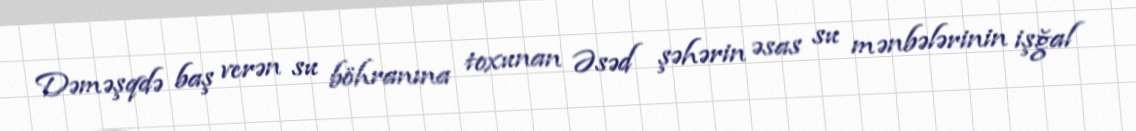
Dəməşqdə baş verən su böhranına toxunan Əsəd şəhərin əsas su mənbələrinin işğal